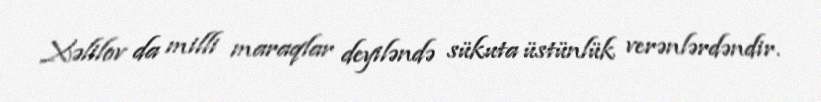
Xəlilov da milli maraqlar deyiləndə sükuta üstünlük verənlərdəndir.